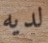
لديه